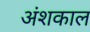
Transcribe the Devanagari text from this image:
अंशकाल